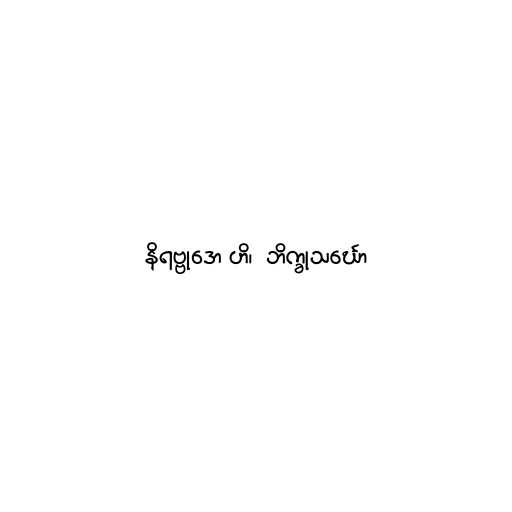
နိရဗ္ဗုဒော ဟိ၊  ဘိက္ခုသင်္ဃော